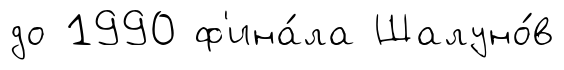
до 1990 ф'ина́ла Шалуно́в